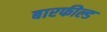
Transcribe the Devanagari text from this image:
बारफील्ड